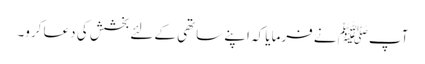
آپﷺ نے فرمایا کہ اپنے ساتھی کے لئے بخشش کی دعا کرو۔